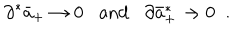
LaTeX: \partial ^ { * } \bar { a } _ { + } \rightarrow 0 \mathrm { a n d } \partial \bar { a } _ { + } ^ { * } \rightarrow 0 \; \; .